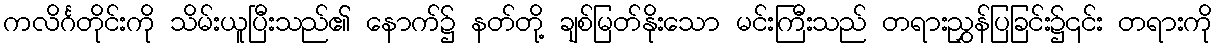
ကလိင်္ဂတိုင်းကို သိမ်းယူပြီးသည်၏ နောက်၌ နတ်တို့ ချစ်မြတ်နိုးသော မင်းကြီးသည် တရားညွှန်ပြခြင်း၌၎င်း တရားကို